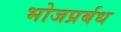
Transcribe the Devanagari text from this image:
भोजप्रर्बध